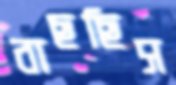
বাছছিস